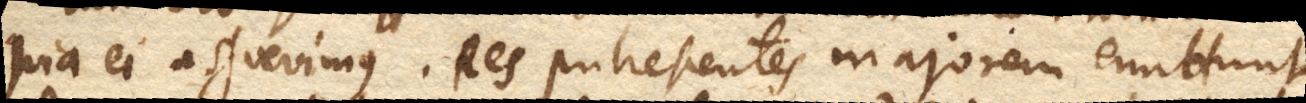
quia ei assuevimus. Res putrescentes majorem emittunt